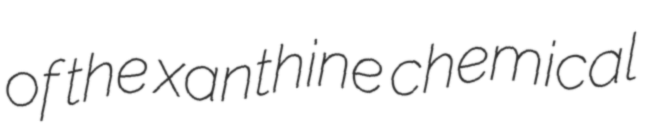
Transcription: of the xanthine chemical